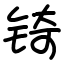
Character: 锜